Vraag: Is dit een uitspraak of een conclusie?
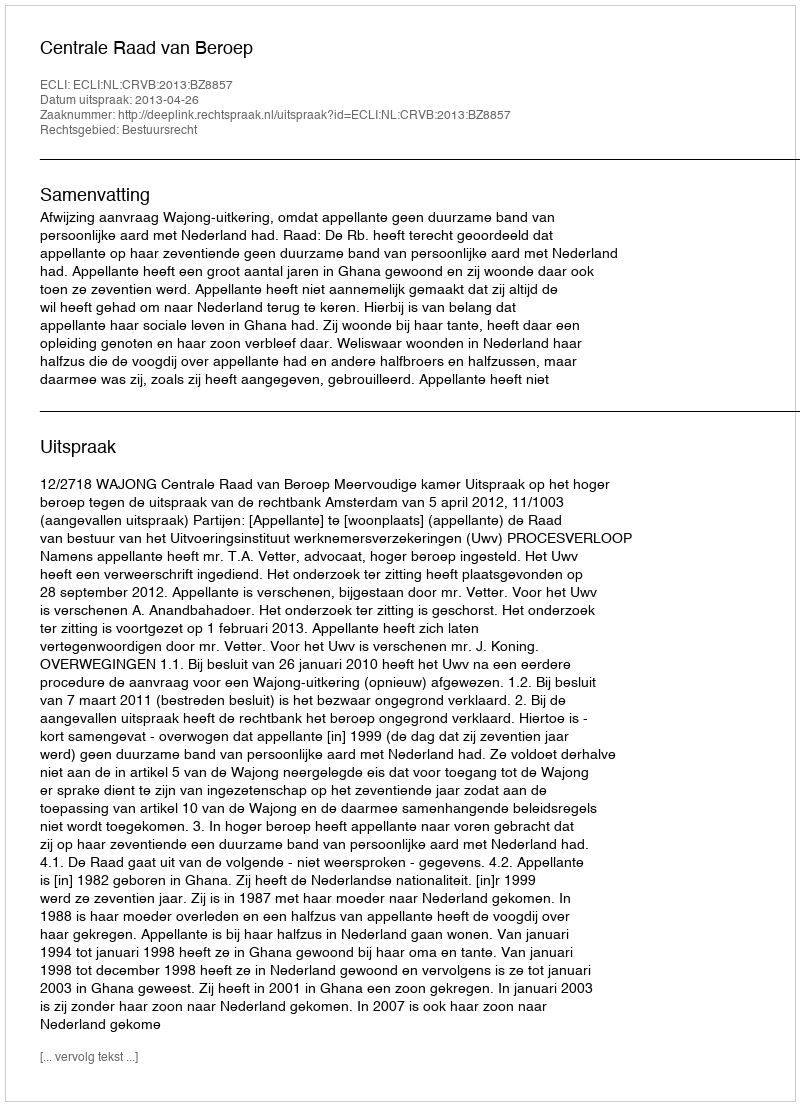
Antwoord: Uitspraak